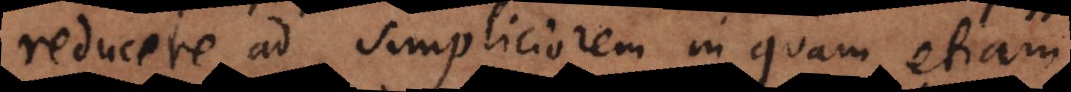
reducere ad simpliciorem in quam etiam